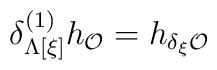
\delta^{(1)}_{\Lambda[\xi]}h_{\cal O}=h_{\delta_{\xi}{\cal O}}